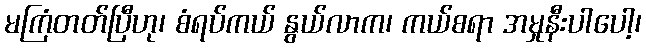
မကြံတတ်ပြီဟု၊ စံရပ်ကယ် နွယ်လာက၊ ကယ်စရာ အမှုနီးပါပေါ့၊